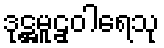
ဒုဋ္ဌမူဠှဝါရေသု